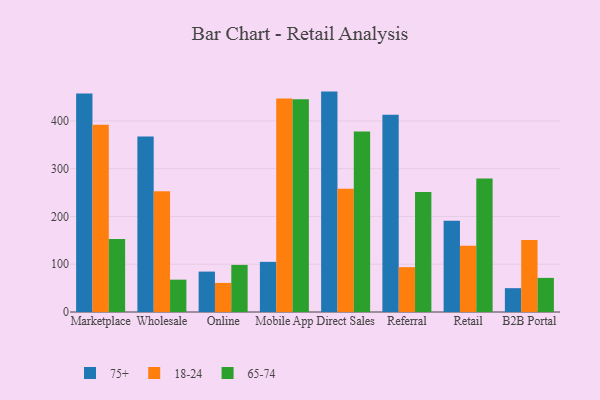
{"axis": {"x": "Channel", "y": "Customer Acquisition Cost (USD)"}, "legend": ["18-24", "65-74", "75+"], "data": [{"x": "Marketplace", "y": 457.3, "type": "75+"}, {"x": "Marketplace", "y": 392.2, "type": "18-24"}, {"x": "Marketplace", "y": 152.9, "type": "65-74"}, {"x": "Wholesale", "y": 367.4, "type": "75+"}, {"x": "Wholesale", "y": 253.0, "type": "18-24"}, {"x": "Wholesale", "y": 67.7, "type": "65-74"}, {"x": "Online", "y": 84.6, "type": "75+"}, {"x": "Online", "y": 60.9, "type": "18-24"}, {"x": "Online", "y": 98.6, "type": "65-74"}, {"x": "Mobile App", "y": 105.0, "type": "75+"}, {"x": "Mobile App", "y": 446.7, "type": "18-24"}, {"x": "Mobile App", "y": 445.4, "type": "65-74"}, {"x": "Direct Sales", "y": 461.4, "type": "75+"}, {"x": "Direct Sales", "y": 258.1, "type": "18-24"}, {"x": "Direct Sales", "y": 377.9, "type": "65-74"}, {"x": "Referral", "y": 413.1, "type": "75+"}, {"x": "Referral", "y": 93.9, "type": "18-24"}, {"x": "Referral", "y": 251.3, "type": "65-74"}, {"x": "Retail", "y": 190.9, "type": "75+"}, {"x": "Retail", "y": 138.9, "type": "18-24"}, {"x": "Retail", "y": 279.7, "type": "65-74"}, {"x": "B2B Portal", "y": 49.9, "type": "75+"}, {"x": "B2B Portal", "y": 150.7, "type": "18-24"}, {"x": "B2B Portal", "y": 71.4, "type": "65-74"}]}